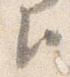
臣